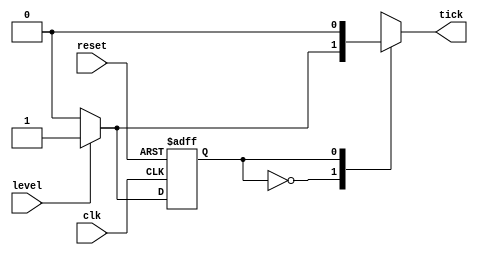
module edge_detect_mealy
	(
		input wire clk, reset,
		input wire level,
		output reg tick
	);

	// symbolic state declaration
	localparam 
		zero = 1'b0,
	    one = 1'b1;
	
	// signal declaration
	reg state_reg, state_next;

	// state register
	always @(posedge clk, posedge reset)
		if (reset)
			state_reg <= zero;
		else
			state_reg <= state_next;
	
	// next-state logic and output logic
	always @*
	begin
		state_next = state_reg;	// default state: the same
		tick = 1'b0;			// default output: 0
		case (state_reg)
			zero:
				if (level)
					begin
						tick = 1'b1;
						state_next = one;
					end
			one:
				if (~level)
					state_next = zero;
			default: state_next = zero;
		endcase
	end
endmodule